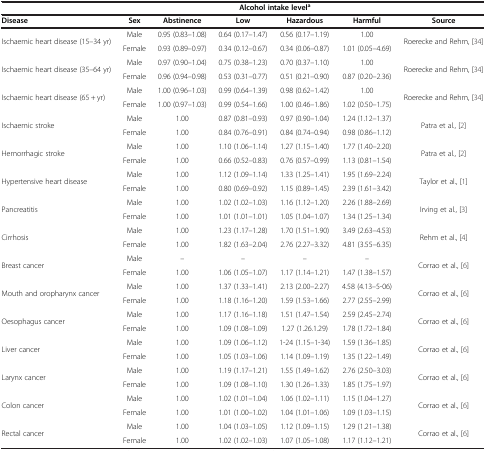
<table><thead><tr><td><b> </b></td><td><b> </b></td><td colspan="4"><b>Alcohol intake level<sup>a</sup></b></td><td><b> </b></td></tr><tr><td><b>Disease</b></td><td><b>Sex</b></td><td><b>Abstinence</b></td><td><b>Low</b></td><td><b>Hazardous</b></td><td><b>Harmful</b></td><td><b>Source</b></td></tr></thead><tbody><tr><td rowspan="2">Ischaemic heart disease (15–34 yr)</td><td>Male</td><td>0.95 (0.83–1.08)</td><td>0.64 (0.17–1.47)</td><td>0.56 (0.17–1.19)</td><td>1.00</td><td rowspan="2">Roerecke and Rehm, [34]</td></tr><tr><td>Female</td><td>0.93 (0.89–0.97)</td><td>0.34 (0.12–0.67)</td><td>0.34 (0.06–0.87)</td><td>1.01 (0.05–4.69)</td></tr><tr><td rowspan="2">Ischaemic heart disease (35–64 yr)</td><td>Male</td><td>0.97 (0.90–1.04)</td><td>0.75 (0.38–1.23)</td><td>0.70 (0.37–1.10)</td><td>1.00</td><td rowspan="2">Roerecke and Rehm, [34]</td></tr><tr><td>Female</td><td>0.96 (0.94–0.98)</td><td>0.53 (0.31–0.77)</td><td>0.51 (0.21–0.90)</td><td>0.87 (0.20–2.36)</td></tr><tr><td rowspan="2">Ischaemic heart disease (65 + yr)</td><td>Male</td><td>1.00 (0.96–1.03)</td><td>0.99 (0.64–1.39)</td><td>0.98 (0.62–1.42)</td><td>1.00</td><td rowspan="2">Roerecke and Rehm, [34]</td></tr><tr><td>Female</td><td>1.00 (0.97–1.03)</td><td>0.99 (0.54–1.66)</td><td>1.00 (0.46–1.86)</td><td>1.02 (0.50–1.75)</td></tr><tr><td rowspan="2">Ischaemic stroke</td><td>Male</td><td>1.00</td><td>0.87 (0.81–0.93)</td><td>0.97 (0.90–1.04)</td><td>1.24 (1.12–1.37)</td><td rowspan="2">Patra et al., [2]</td></tr><tr><td>Female</td><td>1.00</td><td>0.84 (0.76–0.91)</td><td>0.84 (0.74–0.94)</td><td>0.98 (0.86–1.12)</td></tr><tr><td rowspan="2">Hemorrhagic stroke</td><td>Male</td><td>1.00</td><td>1.10 (1.06–1.14)</td><td>1.27 (1.15–1.40)</td><td>1.77 (1.40–2.20)</td><td rowspan="2">Patra et al., [2]</td></tr><tr><td>Female</td><td>1.00</td><td>0.66 (0.52–0.83)</td><td>0.76 (0.57–0.99)</td><td>1.13 (0.81–1.54)</td></tr><tr><td rowspan="2">Hypertensive heart disease</td><td>Male</td><td>1.00</td><td>1.12 (1.09–1.14)</td><td>1.33 (1.25–1.41)</td><td>1.95 (1.69–2.24)</td><td rowspan="2">Taylor et al., [1]</td></tr><tr><td>Female</td><td>1.00</td><td>0.80 (0.69–0.92)</td><td>1.15 (0.89–1.45)</td><td>2.39 (1.61–3.42)</td></tr><tr><td rowspan="2">Pancreatitis</td><td>Male</td><td>1.00</td><td>1.02 (1.02–1.03)</td><td>1.16 (1.12–1.20)</td><td>2.26 (1.88–2.69)</td><td rowspan="2">Irving et al., [3]</td></tr><tr><td>Female</td><td>1.00</td><td>1.01 (1.01–1.01)</td><td>1.05 (1.04–1.07)</td><td>1.34 (1.25–1.34)</td></tr><tr><td rowspan="2">Cirrhosis</td><td>Male</td><td>1.00</td><td>1.23 (1.17–1.28)</td><td>1.70 (1.51–1.90)</td><td>3.49 (2.63–4.53)</td><td rowspan="2">Rehm et al., [4]</td></tr><tr><td>Female</td><td>1.00</td><td>1.82 (1.63–2.04)</td><td>2.76 (2.27–3.32)</td><td>4.81 (3.55–6.35)</td></tr><tr><td rowspan="2">Breast cancer</td><td>Male</td><td>–</td><td>–</td><td>–</td><td>–</td><td rowspan="2">Corrao et al., [6]</td></tr><tr><td>Female</td><td>1.00</td><td>1.06 (1.05–1.07)</td><td>1.17 (1.14–1.21)</td><td>1.47 (1.38–1.57)</td></tr><tr><td rowspan="2">Mouth and oropharynx cancer</td><td>Male</td><td>1.00</td><td>1.37 (1.33–1.41)</td><td>2.13 (2.00–2.27)</td><td>4.58 (4.13–5-06)</td><td rowspan="2">Corrao et al., [6]</td></tr><tr><td>Female</td><td>1.00</td><td>1.18 (1.16–1.20)</td><td>1.59 (1.53–1.66)</td><td>2.77 (2.55–2.99)</td></tr><tr><td rowspan="2">Oesophagus cancer</td><td>Male</td><td>1.00</td><td>1.17 (1.16–1.18)</td><td>1.51 (1.47–1.54)</td><td>2.59 (2.45–2.74)</td><td rowspan="2">Corrao et al., [6]</td></tr><tr><td>Female</td><td>1.00</td><td>1.09 (1.08–1.09)</td><td>1.27 (1.26.1.29)</td><td>1.78 (1.72–1.84)</td></tr><tr><td rowspan="2">Liver cancer</td><td>Male</td><td>1.00</td><td>1.09 (1.06–1.12)</td><td>1-24 (1.15–1-34)</td><td>1.59 (1.36–1.85)</td><td rowspan="2">Corrao et al., [6]</td></tr><tr><td>Female</td><td>1.00</td><td>1.05 (1.03–1.06)</td><td>1.14 (1.09–1.19)</td><td>1.35 (1.22–1.49)</td></tr><tr><td rowspan="2">Larynx cancer</td><td>Male</td><td>1.00</td><td>1.19 (1.17–1.21)</td><td>1.55 (1.49–1.62)</td><td>2.76 (2.50–3.03)</td><td rowspan="2">Corrao et al., [6]</td></tr><tr><td>Female</td><td>1.00</td><td>1.09 (1.08–1.10)</td><td>1.30 (1.26–1.33)</td><td>1.85 (1.75–1.97)</td></tr><tr><td rowspan="2">Colon cancer</td><td>Male</td><td>1.00</td><td>1.02 (1.01–1.04)</td><td>1.06 (1.02–1.11)</td><td>1.15 (1.04–1.27)</td><td rowspan="2">Corrao et al., [6]</td></tr><tr><td>Female</td><td>1.00</td><td>1.01 (1.00–1.02)</td><td>1.04 (1.01–1.06)</td><td>1.09 (1.03–1.15)</td></tr><tr><td rowspan="2">Rectal cancer</td><td>Male</td><td>1.00</td><td>1.04 (1.03–1.05)</td><td>1.12 (1.09–1.15)</td><td>1.29 (1.21–1.38)</td><td rowspan="2">Corrao et al., [6]</td></tr><tr><td>Female</td><td>1.00</td><td>1.02 (1.02–1.03)</td><td>1.07 (1.05–1.08)</td><td>1.17 (1.12–1.21)</td></tr></tbody></table>